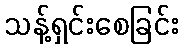
သန့်ရှင်းစေခြင်း